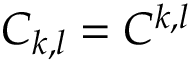
C _ { k , l } = C ^ { k , l }